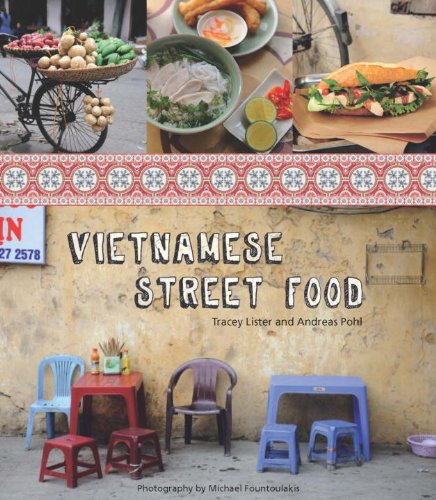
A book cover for Vietnamese Street Food; Tracy Lister; Cookbooks, Food & Wine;